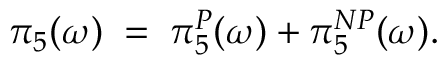
\pi _ { 5 } ( \omega ) \; = \; \pi _ { 5 } ^ { P } ( \omega ) + \pi _ { 5 } ^ { N P } ( \omega ) .